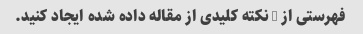
فهرستی از 5 نکته کلیدی از مقاله داده شده ایجاد کنید.